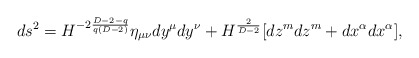
\begin{align*}ds^{2}=H^{-2\frac{D-2-q}{q(D-2)}}\eta _{\mu \nu} dy^{\mu} dy^{\nu}+H^{\frac{2}{D-2}}[dz^{m}dz^{m}+dx^{\alpha}dx^{\alpha}], \end{align*}